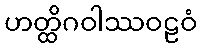
ဟတ္ထိဂဝါဿဝဠဝံ